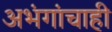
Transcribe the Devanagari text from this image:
अभंगांचाही